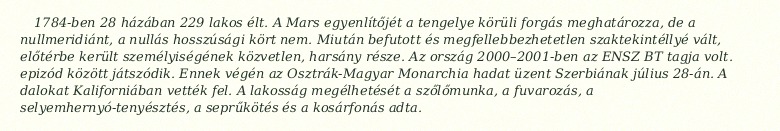
1784-ben 28 házában 229 lakos élt. A Mars egyenlítőjét a tengelye körüli forgás meghatározza, de a nullmeridiánt, a nullás hosszúsági kört nem. Miután befutott és megfellebbezhetetlen szaktekintéllyé vált, előtérbe került személyiségének közvetlen, harsány része. Az ország 2000–2001-ben az ENSZ BT tagja volt. epizód között játszódik. Ennek végén az Osztrák-Magyar Monarchia hadat üzent Szerbiának július 28-án. A dalokat Kaliforniában vették fel. A lakosság megélhetését a szőlőmunka, a fuvarozás, a selyemhernyó-tenyésztés, a seprűkötés és a kosárfonás adta.